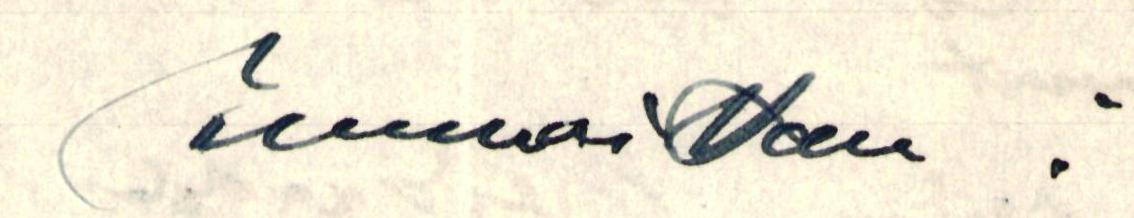
Kunnioittaen: